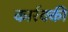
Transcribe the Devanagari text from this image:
कार्रक्की